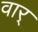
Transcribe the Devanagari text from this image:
वार्